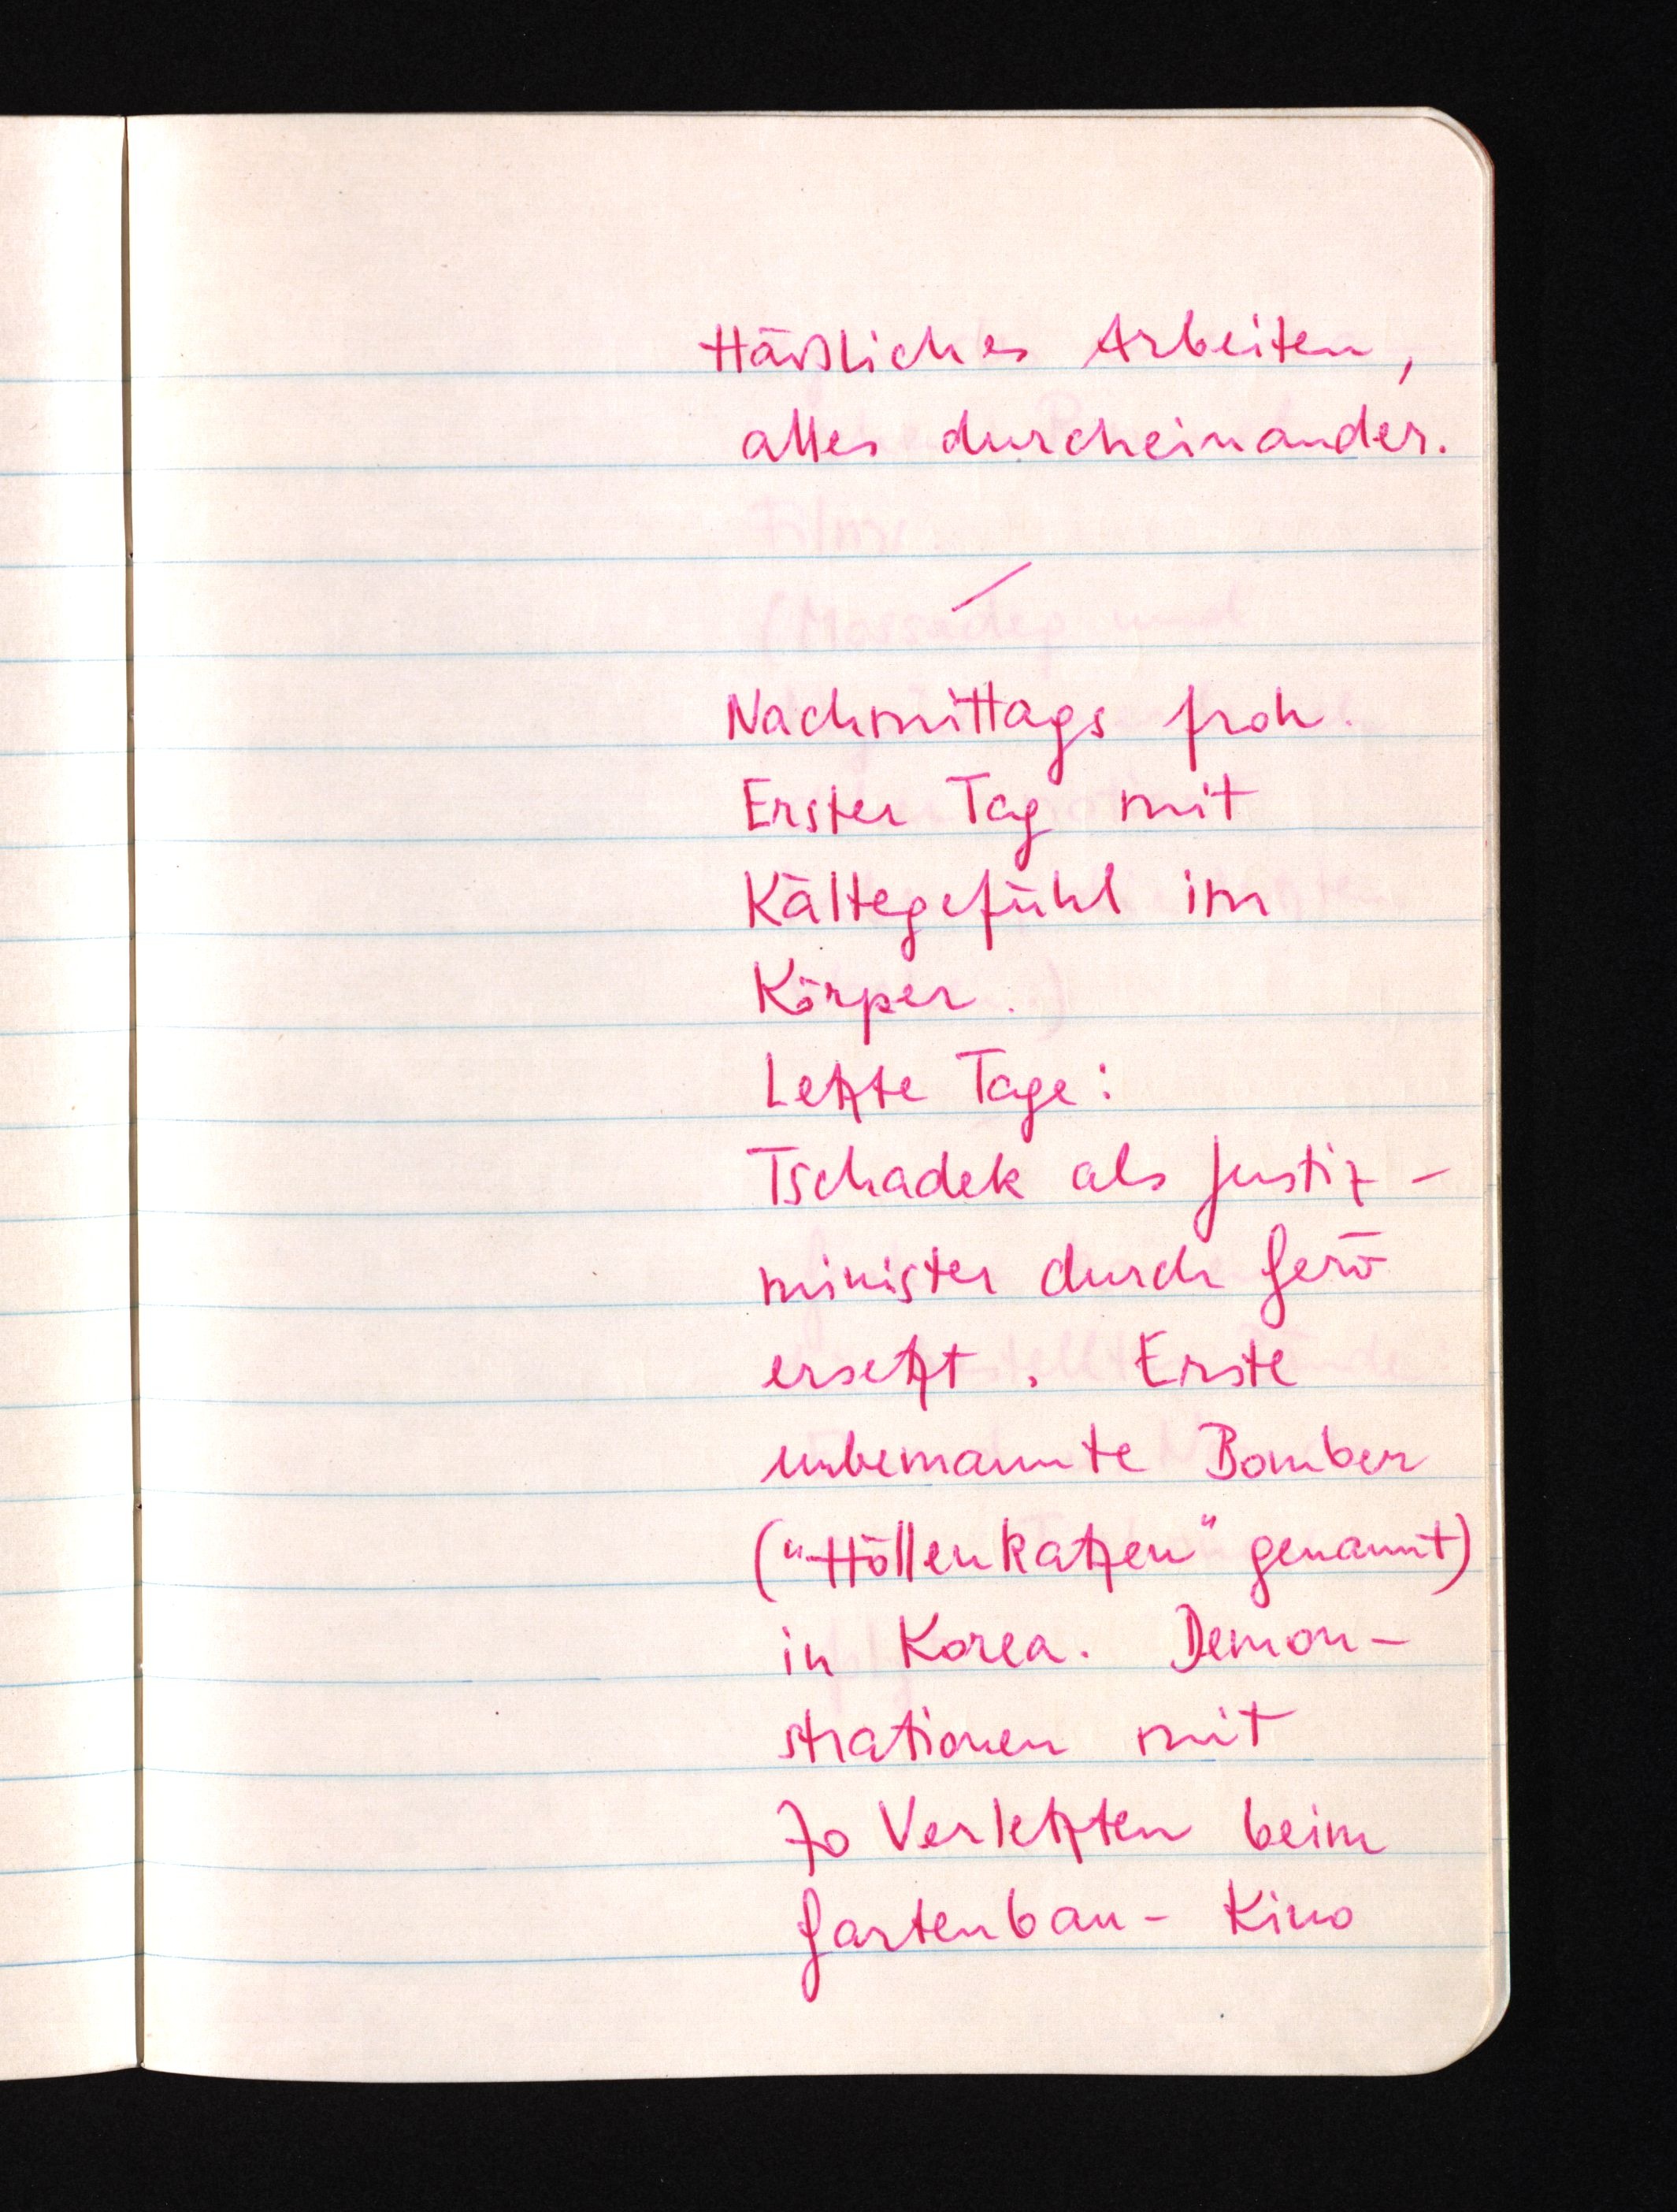
Häßliches Arbeiten,
alles durcheinander.
Nachmittags froh.
Erster Tag mit
Kältegefühl im
Körper.
Letzte Tage:
Tschadek als Justiz¬
minister durch Gerö
ersetzt. Erste
unbemannte Bomber
("Höllenkatzen" genannt)
in Korea. Demon¬
strationen mit
70 Verletzten beim
Gartenbau-Kino